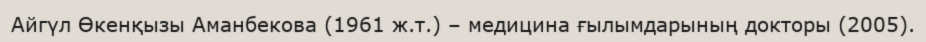
Айгүл Өкенқызы Аманбекова (1961 ж.т.) – медицина ғылымдарының докторы (2005).